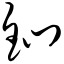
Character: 钔